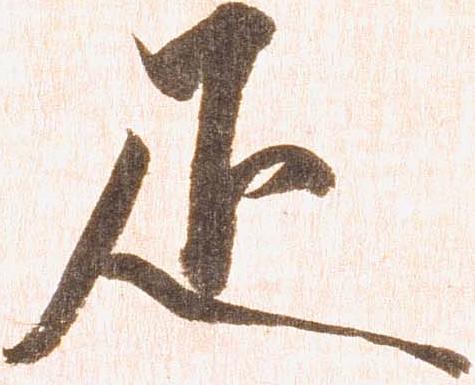
疋